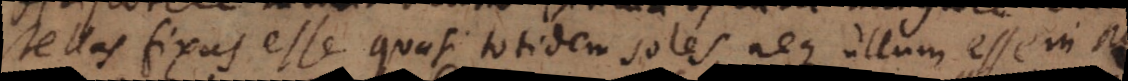
stellas fixas esse quasi totidem soles neque ullum esse in